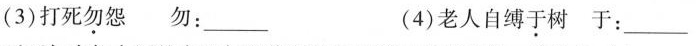
(3)打死勿怨勿： ___ (4)老人自缚于树于：____